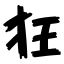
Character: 狂